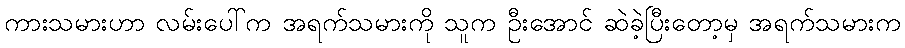
ကားသမားဟာ လမ်းပေါ်က အရက်သမားကို သူက ဦးအောင် ဆဲခဲ့ပြီးတော့မှ အရက်သမားက